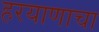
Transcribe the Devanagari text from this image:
हरयाणाचा